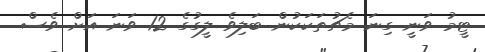
ޓީމު ވަނީ ގިނަ މެޗުތަކަކުން ބަލިވެ ލީގުގެ 12 ވަނަ އަށް ވެސް